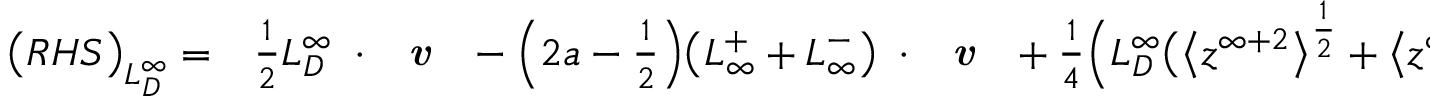
\begin{array} { r l } { \big ( R H S \big ) _ { L _ { D } ^ { \infty } } = } & { { } \frac { 1 } { 2 } L _ { D } ^ { \infty } \mathbf { \nabla } \cdot \textbf { \emph { v } } - \Big ( 2 a - \frac { 1 } { 2 } \Big ) \big ( L _ { \infty } ^ { + } + L _ { \infty } ^ { - } \big ) \mathbf { \nabla } \cdot \textbf { \emph { v } } + \frac { 1 } { 4 } \Big ( L _ { D } ^ { \infty } \big ( \big < z ^ { \infty + 2 } \big > ^ { \frac { 1 } { 2 } } + \big < z ^ { \infty - 2 } \big > ^ { \frac { 1 } { 2 } } \big ) - 2 L _ { \infty } ^ { + } \big < z ^ { \infty - 2 } \big > ^ { \frac { 1 } { 2 } } } \end{array}